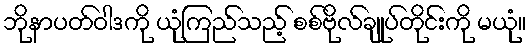
ဘိုနာပတ်ဝါဒကို ယုံကြည်သည့် စစ်ဗိုလ်ချုပ်တိုင်းကို မယုံ။